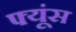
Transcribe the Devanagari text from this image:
फ्यूंस